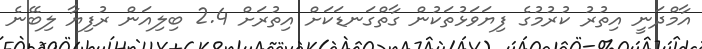
އާމްދަނީ އިތުރު ކުރުމުގެ ފިޔަވަޅުތަކުން ގާތްގަނޑަކަށް އިތުރަށް 2.4 ބިލިއަން ރުފިޔާ ލިބޭނެ